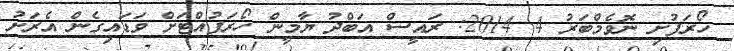
ހޯރަފުށި ނޮވެމްބަަރު 4 2014: ރައީސް އަބްދު ޔާމީން ހޯރަފުއްޓަށް ވަޑައިގެން އެރަށު